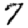
Digit: 7